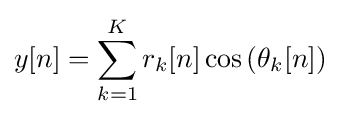
y[n]=\sum _{k=1}^{K}r_{k}[n]\cos \left(\theta _{k}[n]\right)